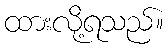
ထားလို့ရသည်။